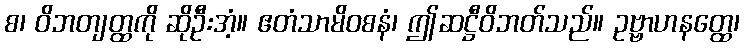
စ၊ ဝိဘတျတ္ထကို ဆိုဦးအံ့။ ဧတံသာမိဝစနံ၊ ဤဆဋ္ဌီဝိဘတ်သည်။ ဥဗ္ဗာဟနတ္ထေ၊